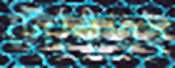
টোকিওই